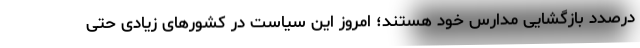
درصدد بازگشایی مدارس خود هستند؛ امروز این سیاست در کشورهای زیادی حتی